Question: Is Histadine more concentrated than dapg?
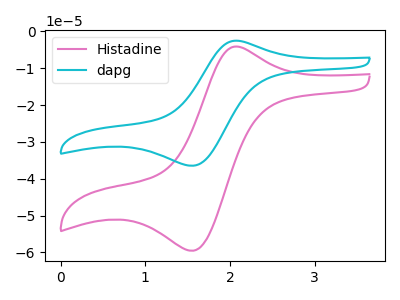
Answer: <think>The pink curve "Histadine" has an anodic peak at (2.10V, -4.20uA) and a cathodic peak at (1.55V, -59.55uA). The cyan curve "dapg" has an anodic peak at (2.10V, -2.55uA) and a cathodic peak at (1.55V, -36.45uA).
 All the peaks in "Histadine" have a peak in "dapg" at the same potential.</think>
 <answer>I cant tell if "Histadine" or "dapg" has higher concentration.</answer>
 <eval>mixed_concentration</eval>